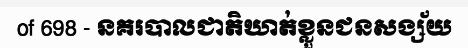
of 698 - នគរបាលជាតិឃាត់ខ្លួនជនសង្ស័យ